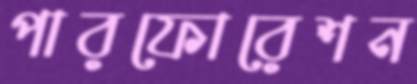
পারফোরেশন